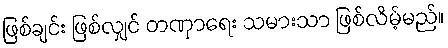
ဖြစ်ချင်း ဖြစ်လျှင် တဏှာရေး သမားသာ ဖြစ်လိမ့်မည်။